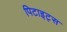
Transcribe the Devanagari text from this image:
पिटाइट्स